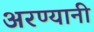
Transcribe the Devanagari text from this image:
अरण्यानी